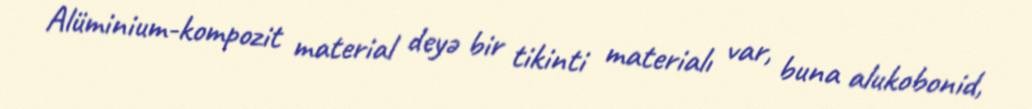
Alüminium-kompozit material deyə bir tikinti materialı var, buna alukobonid,